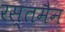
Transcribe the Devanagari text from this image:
रस्तमैन